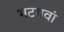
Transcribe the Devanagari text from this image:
भटगवां